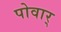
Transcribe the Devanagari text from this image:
पोवार्